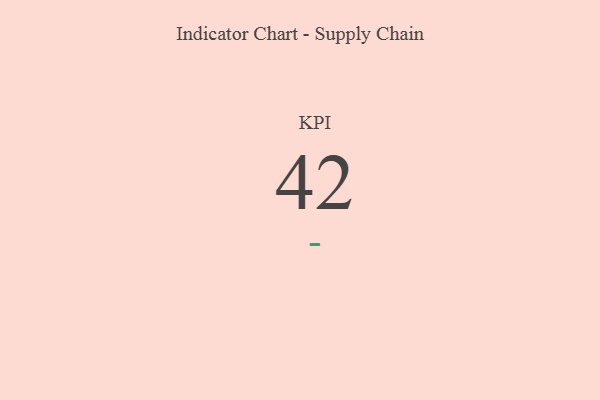
{"axis": {"x": "KPI", "y": "Value"}, "legend": [""], "data": [{"x": "KPI", "y": 42, "type": ""}]}